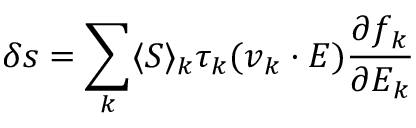
\delta \boldsymbol { s } = \sum _ { \boldsymbol { k } } \langle \boldsymbol { S } \rangle _ { \boldsymbol { k } } \tau _ { \boldsymbol { k } } ( \boldsymbol { v } _ { \boldsymbol { k } } \cdot \boldsymbol { E } ) \frac { \partial f _ { \boldsymbol { k } } } { \partial E _ { \boldsymbol { k } } }